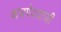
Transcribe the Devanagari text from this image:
वायपेययाजी